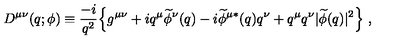
D ^ { \mu \nu } ( q ; \phi ) \equiv { \frac { - i } { q ^ { 2 } } } \Bigl \{ g ^ { \mu \nu } + i q ^ { \mu } \widetilde \phi ^ { \nu } ( q ) - i { \widetilde \phi ^ { \mu * } } ( q ) q ^ { \nu } + q ^ { \mu } q ^ { \nu } \vert \widetilde \phi ( q ) \vert ^ { 2 } \Bigr \} \ ,